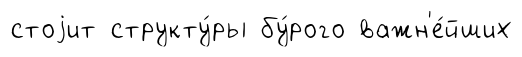
стоjит структу́ры бу́рого важн'е́йших